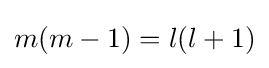
m(m-1)=l(l+1)